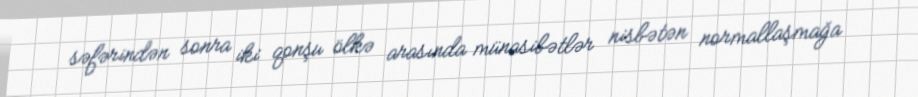
səfərindən sonra iki qonşu ölkə arasında münasibətlər nisbətən normallaşmağa